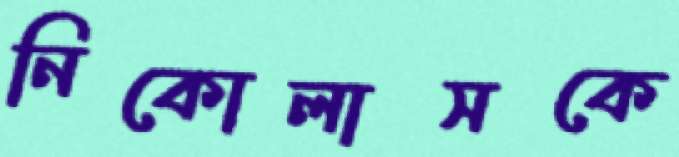
নিকোলাসকে